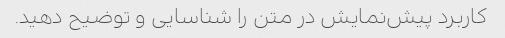
کاربرد پیش‌نمایش در متن را شناسایی و توضیح دهید.